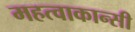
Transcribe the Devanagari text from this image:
महत्वाकान्सी